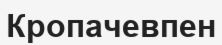
Кропачевпен